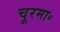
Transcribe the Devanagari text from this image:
चूरमा॰